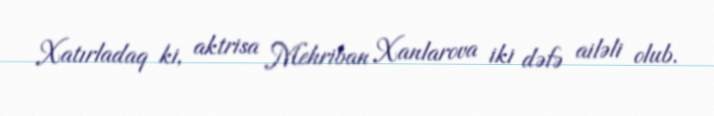
Xatırladaq ki, aktrisa Mehriban Xanlarova iki dəfə ailəli olub.